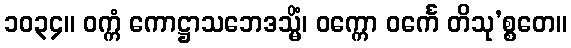
၁၀၃၄။ ဝက္ကံ ကောဋ္ဌာသဘေဒသ္မိံ၊ ဝက္ကော ဝင်္ကေ တိသု’စ္စတေ။